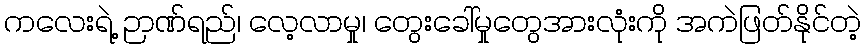
ကလေးရဲ့ ဉာဏ်ရည်၊ လေ့လာမှု၊ တွေးခေါ်မှုတွေအားလုံးကို အကဲဖြတ်နိုင်တဲ့